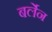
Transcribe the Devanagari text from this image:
बर्लेन